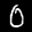
Label: 0